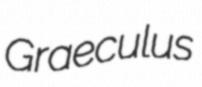
Graeculus